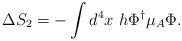
LaTeX: \begin{align*}\Delta S_2 = - \int d^4 x~h \Phi^{\dagger} \mu_A \Phi .\end{align*}